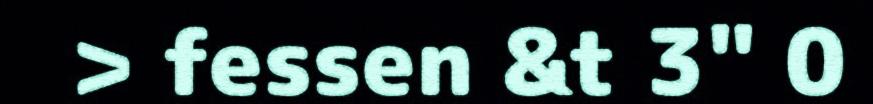
> fessen &t 3" 0